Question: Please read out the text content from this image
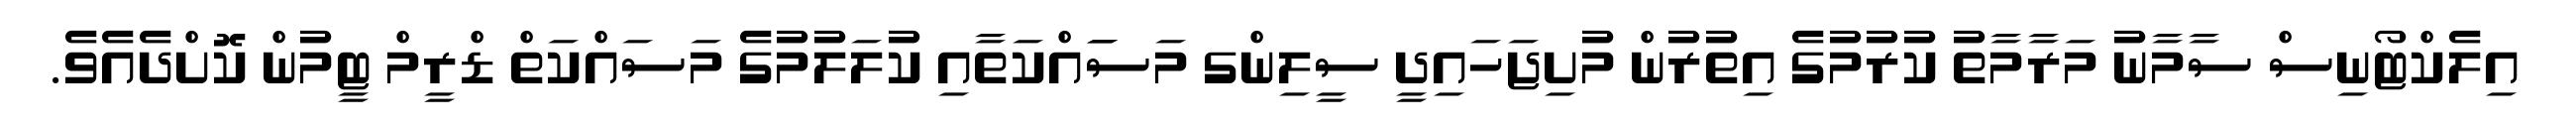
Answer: އިލެކްޓޯނިސް ސާމާނު މަރާމާތު ކުރުމުގެ އިތުރުން މުށިޖަހައިދީ ސީލިންގ މަސަައްކަތާއި ކުލަލުމުގެ މަސައްކަތް ޑްރީމް ޓީމުން ކޮށްދެއެވެ.